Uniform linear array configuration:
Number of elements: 16
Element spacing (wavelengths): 0.75
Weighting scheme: uniform
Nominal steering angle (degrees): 0
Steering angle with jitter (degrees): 1.239
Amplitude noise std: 0.05
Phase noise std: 0.05

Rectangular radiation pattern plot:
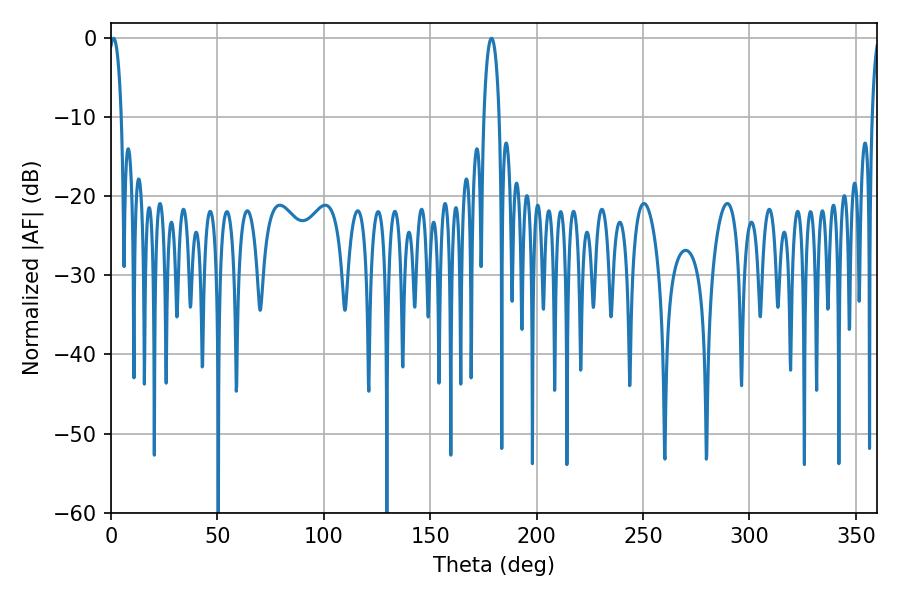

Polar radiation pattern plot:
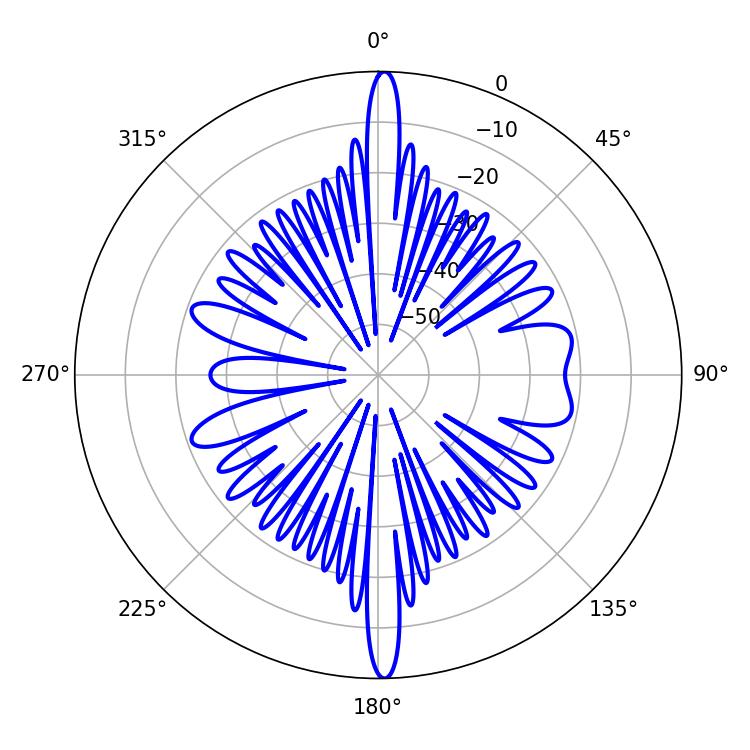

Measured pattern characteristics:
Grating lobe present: TRUE
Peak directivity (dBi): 25.761
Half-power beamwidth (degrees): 3.24
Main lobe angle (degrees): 1.26